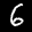
Label: 6